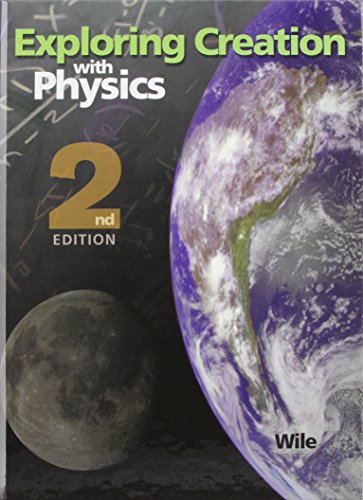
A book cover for Exploring Creation with Physics; Jay L. Wile; Teen & Young Adult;